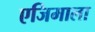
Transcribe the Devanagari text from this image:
एजिमाला